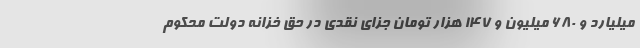
میلیارد و ۶٨٠ میلیون و ١۴٧ هزار تومان جزای نقدی در حق خزانه دولت محکوم